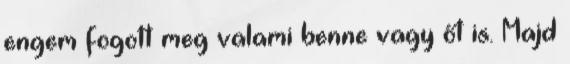
engem fogott meg valami benne vagy őt is. Majd